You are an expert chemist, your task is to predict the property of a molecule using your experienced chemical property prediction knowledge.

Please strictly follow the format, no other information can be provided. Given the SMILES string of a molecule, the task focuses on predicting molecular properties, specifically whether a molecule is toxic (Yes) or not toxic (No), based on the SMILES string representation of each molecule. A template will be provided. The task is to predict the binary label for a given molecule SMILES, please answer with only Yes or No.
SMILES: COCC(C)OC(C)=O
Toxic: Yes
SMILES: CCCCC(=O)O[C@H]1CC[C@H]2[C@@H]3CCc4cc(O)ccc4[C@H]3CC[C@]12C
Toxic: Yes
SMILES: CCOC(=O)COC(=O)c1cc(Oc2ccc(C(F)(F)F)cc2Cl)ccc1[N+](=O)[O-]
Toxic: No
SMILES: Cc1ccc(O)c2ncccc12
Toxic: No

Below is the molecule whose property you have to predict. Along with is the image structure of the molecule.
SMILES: CCOC(=O)C(O)(c1ccc(Cl)cc1)c1ccc(Cl)cc1
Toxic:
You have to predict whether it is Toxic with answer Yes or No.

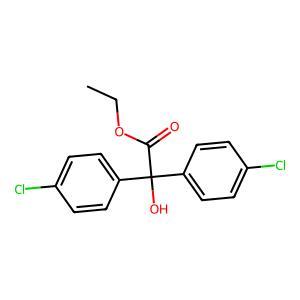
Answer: No